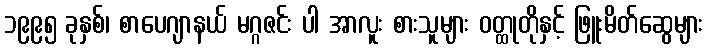
၁၉၉၅ ခုနှစ်၊ စာပေဂျာနယ် မဂ္ဂဇင်း ပါ အာလူး စားသူများ ဝတ္ထုတိုနှင့် ဖြူးမိတ်ဆွေများ